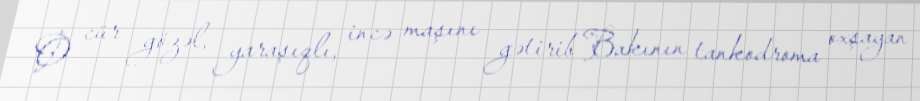
O cür gözəl, yaraşıqlı, incə maşını gətirib Bakının tankodroma oxşayan